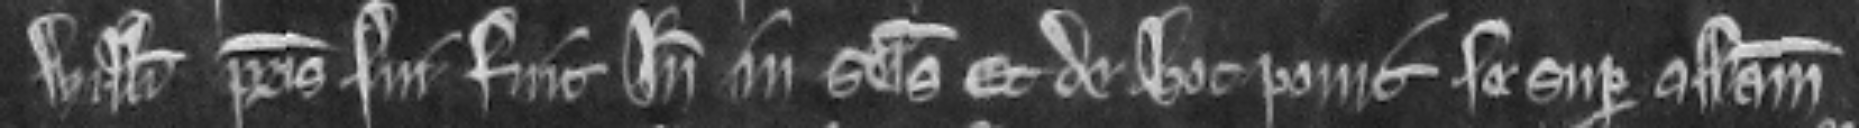
Willelmi patris sui fuit inde in seisina Et de hoc ponit se super assisam